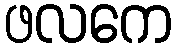
ဖလကေ